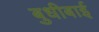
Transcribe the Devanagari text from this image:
बुधीबाई